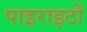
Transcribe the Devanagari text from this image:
पाइराइटों